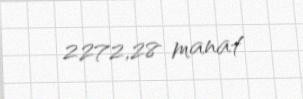
2272,28 manat